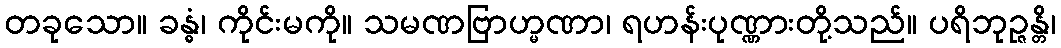
တခုသော။ ခန္ဓံ၊ ကိုင်းမကို။ သမဏဗြာဟ္မဏာ၊ ရဟန်းပုဏ္ဏားတို့သည်။ ပရိဘုဉ္ဇန္တိ၊